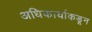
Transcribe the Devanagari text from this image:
अधिकार्याकडून